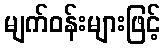
မျက်ဝန်းများဖြင့်